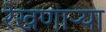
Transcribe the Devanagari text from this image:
रेखणाऱ्या